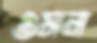
ওমন